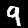
Label: 9